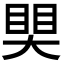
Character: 𥈀